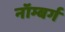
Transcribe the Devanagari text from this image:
नॉम्बर्ग